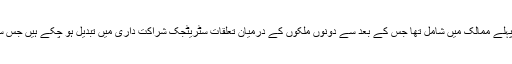
صدرمملکت ممنون حسین نے کہا کہ پاکستان چین کو تسلیم کرنے والے پہلے ممالک میں شامل تھا جس کے بعد سے دونوں ملکوں کے درمیان تعلقات سٹریٹجک شراکت داری میں تبدیل ہو چکے ہیں جس سے دونوں ممالک کو سفارتی، اقتصادی اور سکیورٹی شعبہ میں فائدہ ہوا۔